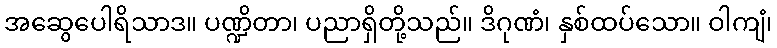
အဆွေပေါရိသာဒ။ ပဏ္ဍိတာ၊ ပညာရှိတို့သည်။ ဒိဂုဏံ၊ နှစ်ထပ်သော။ ဝါကျံ၊